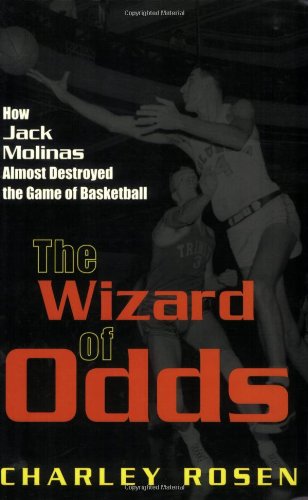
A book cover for The Wizard of Odds: How Jack Molinas Almost Destroyed the Game of Basketball; Charley Rosen; Biographies & Memoirs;